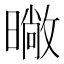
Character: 𭧨